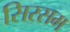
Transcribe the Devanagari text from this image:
सिरसम